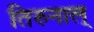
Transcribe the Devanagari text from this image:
तिरुनाल्